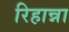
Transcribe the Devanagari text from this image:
रिहान्ना